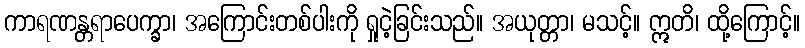
ကာရဏန္တရာပေက္ခာ၊ အကြောင်းတစ်ပါးကို ရှုငဲ့ခြင်းသည်။ အယုတ္တာ၊ မသင့်။ ဣတိ၊ ထို့ကြောင့်။